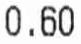
0.60